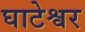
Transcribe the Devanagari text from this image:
घाटेश्वर